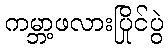
ကမ္ဘာ့ဖလားပြိုင်ပွဲ